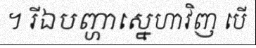
។ រីឯបញ្ហាស្នេហាវិញ បើ